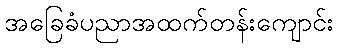
အခြေခံပညာအထက်တန်းကျောင်း